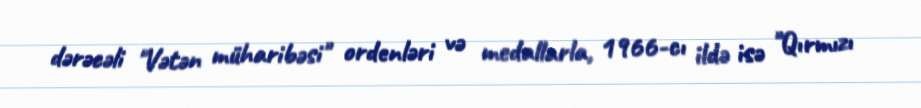
dərəcəli "Vətən müharibəsi" ordenləri və medallarla, 1966-cı ildə isə "Qırmızı